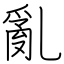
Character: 亂